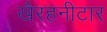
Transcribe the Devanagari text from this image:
खैरहनीटार